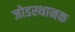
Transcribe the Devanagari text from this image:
जोडस्थानक